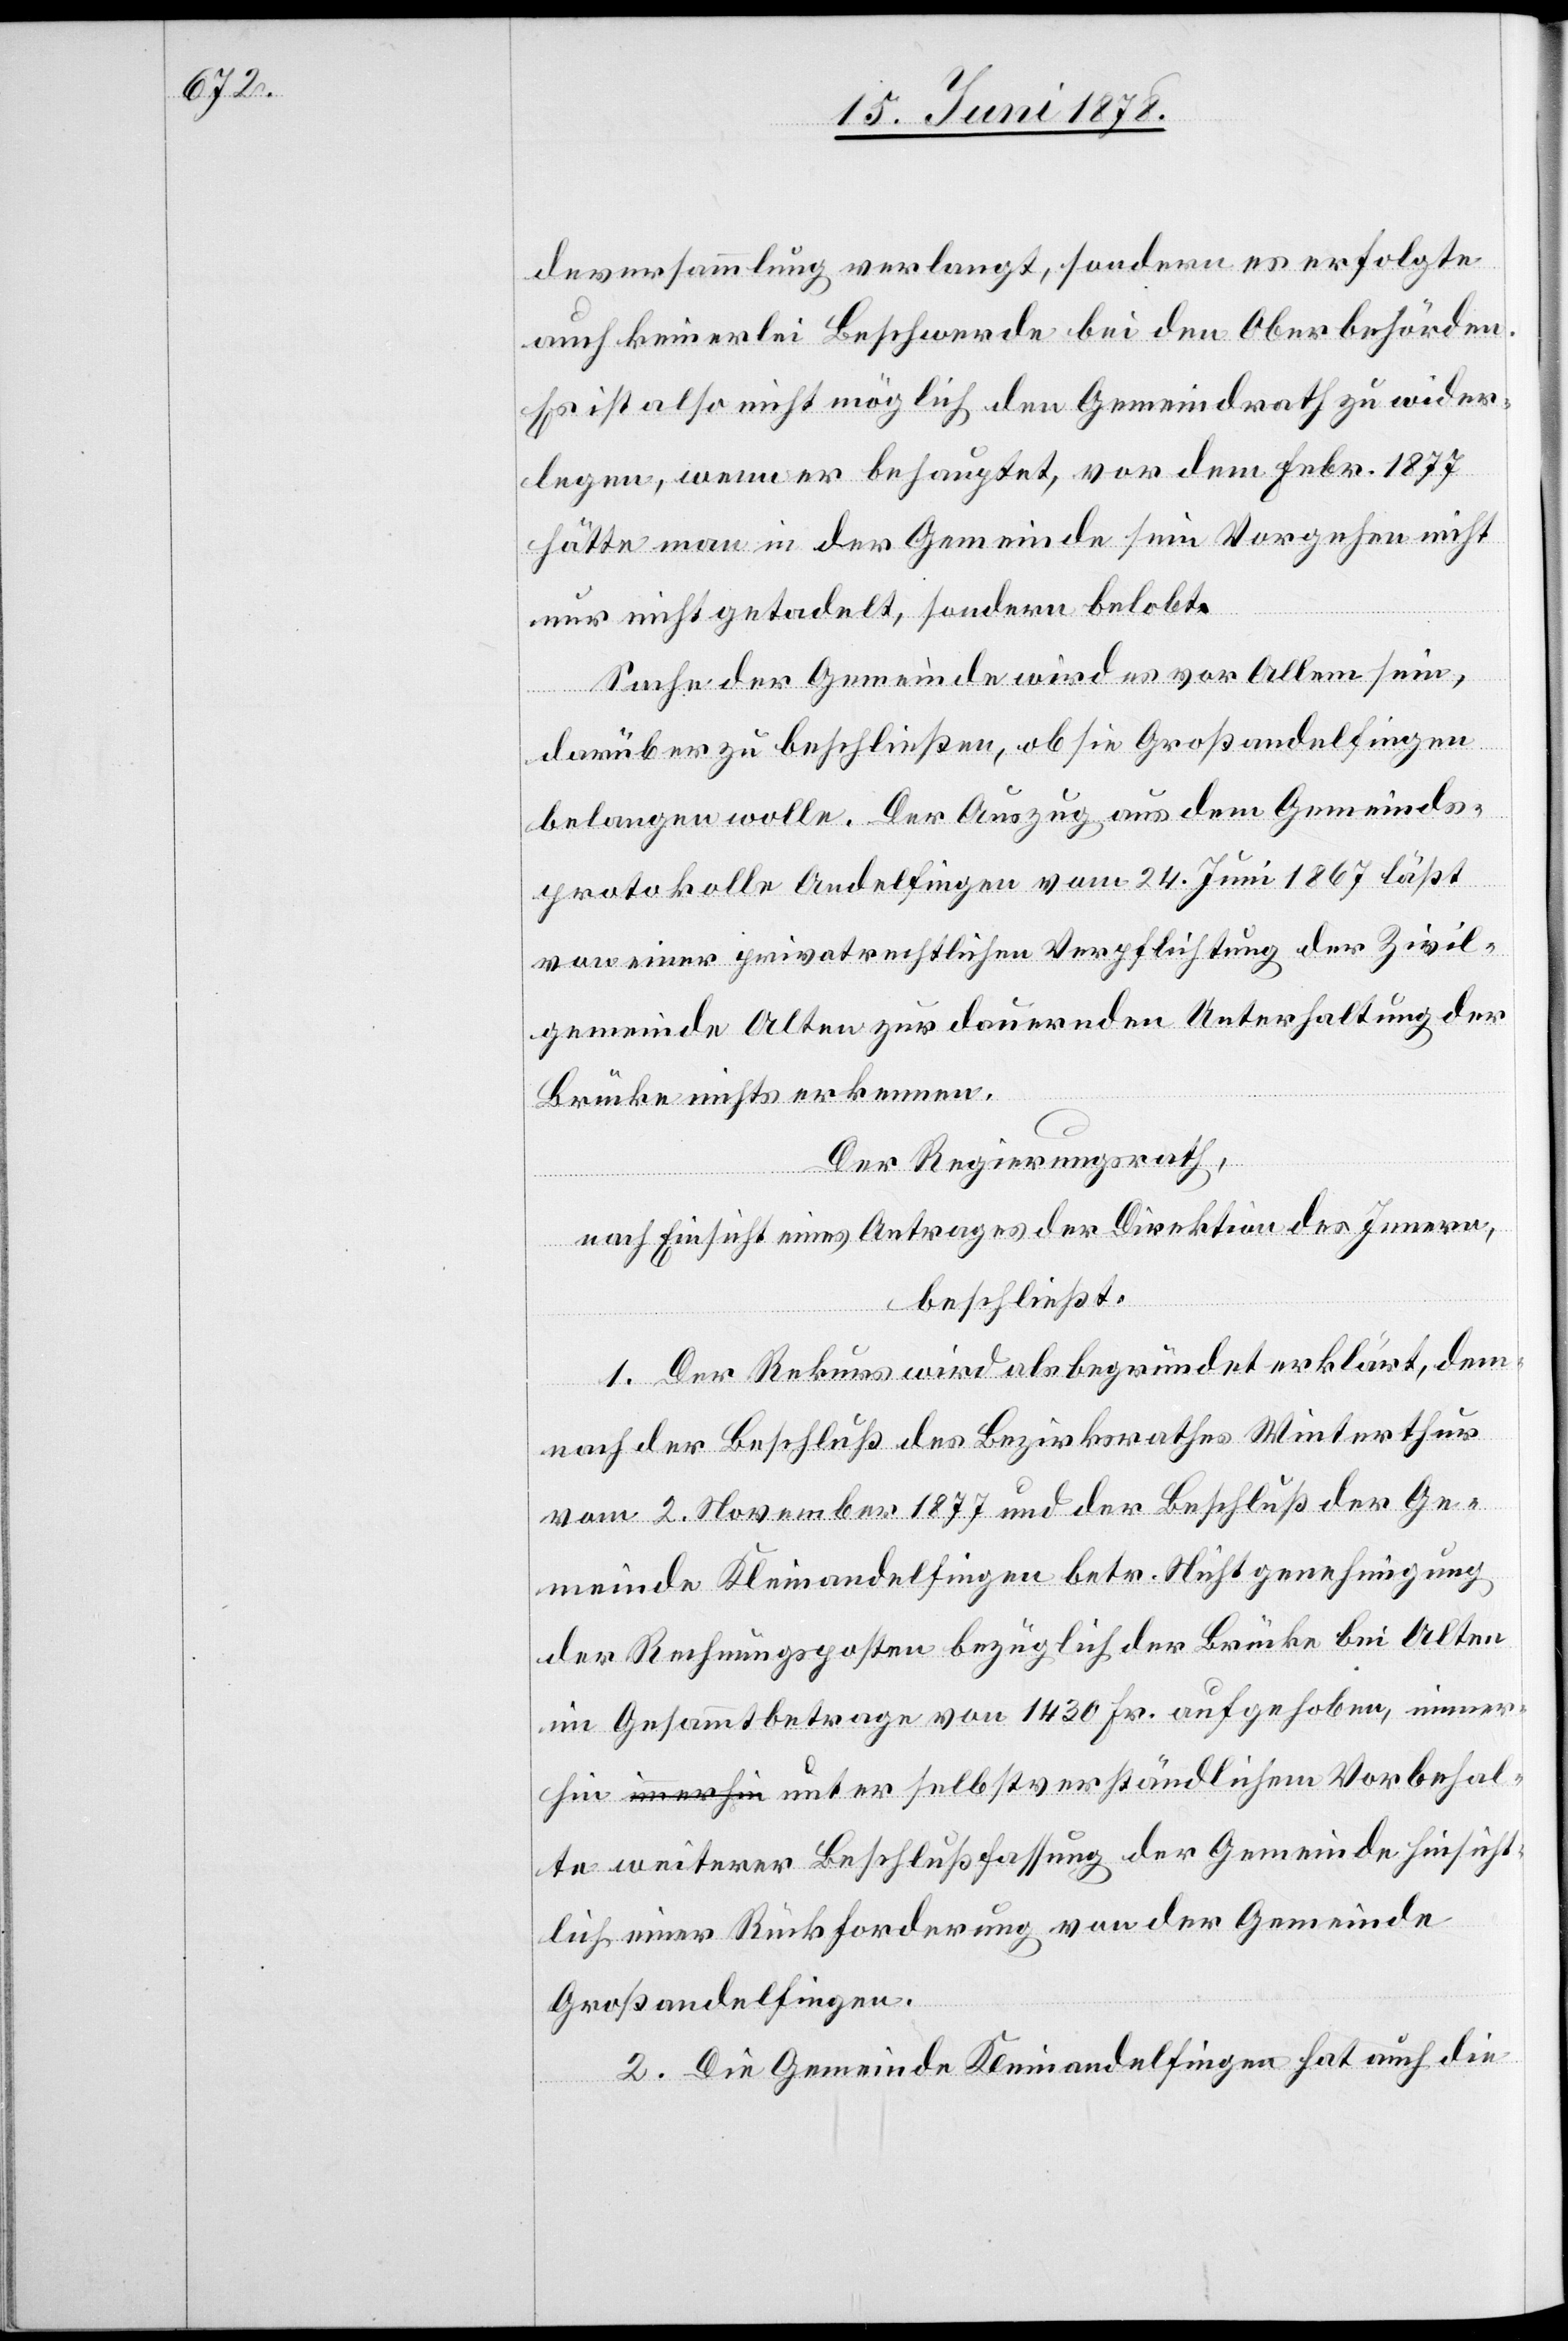
Vorbehal¬

deversammlung verlangt, sondern es erfolgte
auch keinerlei Beschwerde bei den Oberbehörden.
Es ist also nicht möglich den Gemeindrath zu wider¬
legen, wenn er behauptet, vor dem Febr. 1877
hätte man in der Gemeinde sein Vorgehen nicht
nur nicht getadelt, sondern belobt.
Sache der Gemeinde wird es vor Allem sein,
darüber zu beschließen, ob sie Großandelfingen
belangen wolle. Der Auszug aus dem Gemeinds¬
protokolle Andelfingen vom 24. Juni 1867 läßt
von einer privatrechtlichen Verpflichtung der Zivil¬
gemeinde Alten zur dauernden Unterhaltung der
Brücke nichts erkennen.
Der Regierungsrath,
nach Einsicht eines Antrages der Direktion des Innern,
beschließt:
1. Der Rekurs wird als begründet erklärt, dem¬
nach der Beschluß des Bezirksrathes Winterthur
vom 2. November 1877 und der Beschluß der Ge¬
meinde Kleinandelfingen betr. Nichtgenehmigung
der Rechnungsposten bezüglich der Brücke bei Alten
im Gesammtbetrage von 1430 Fr. aufgehoben, immer¬
te weiterer Beschlußfassung der Gemeinde hinsicht¬
lich einer Rückforderung von der Gemeinde
Großandelfingen.
2. Die Gemeinde Kleinandelfingen hat auch die